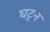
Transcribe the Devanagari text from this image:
घट्न